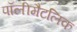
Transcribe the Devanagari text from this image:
पॉलीमैटलिक